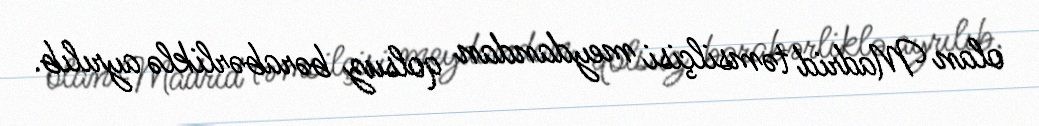
olan Madrid təmsilçisi meydandan qolsuz bərabərliklə ayrılıb.